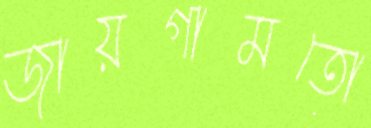
জায়গামতো